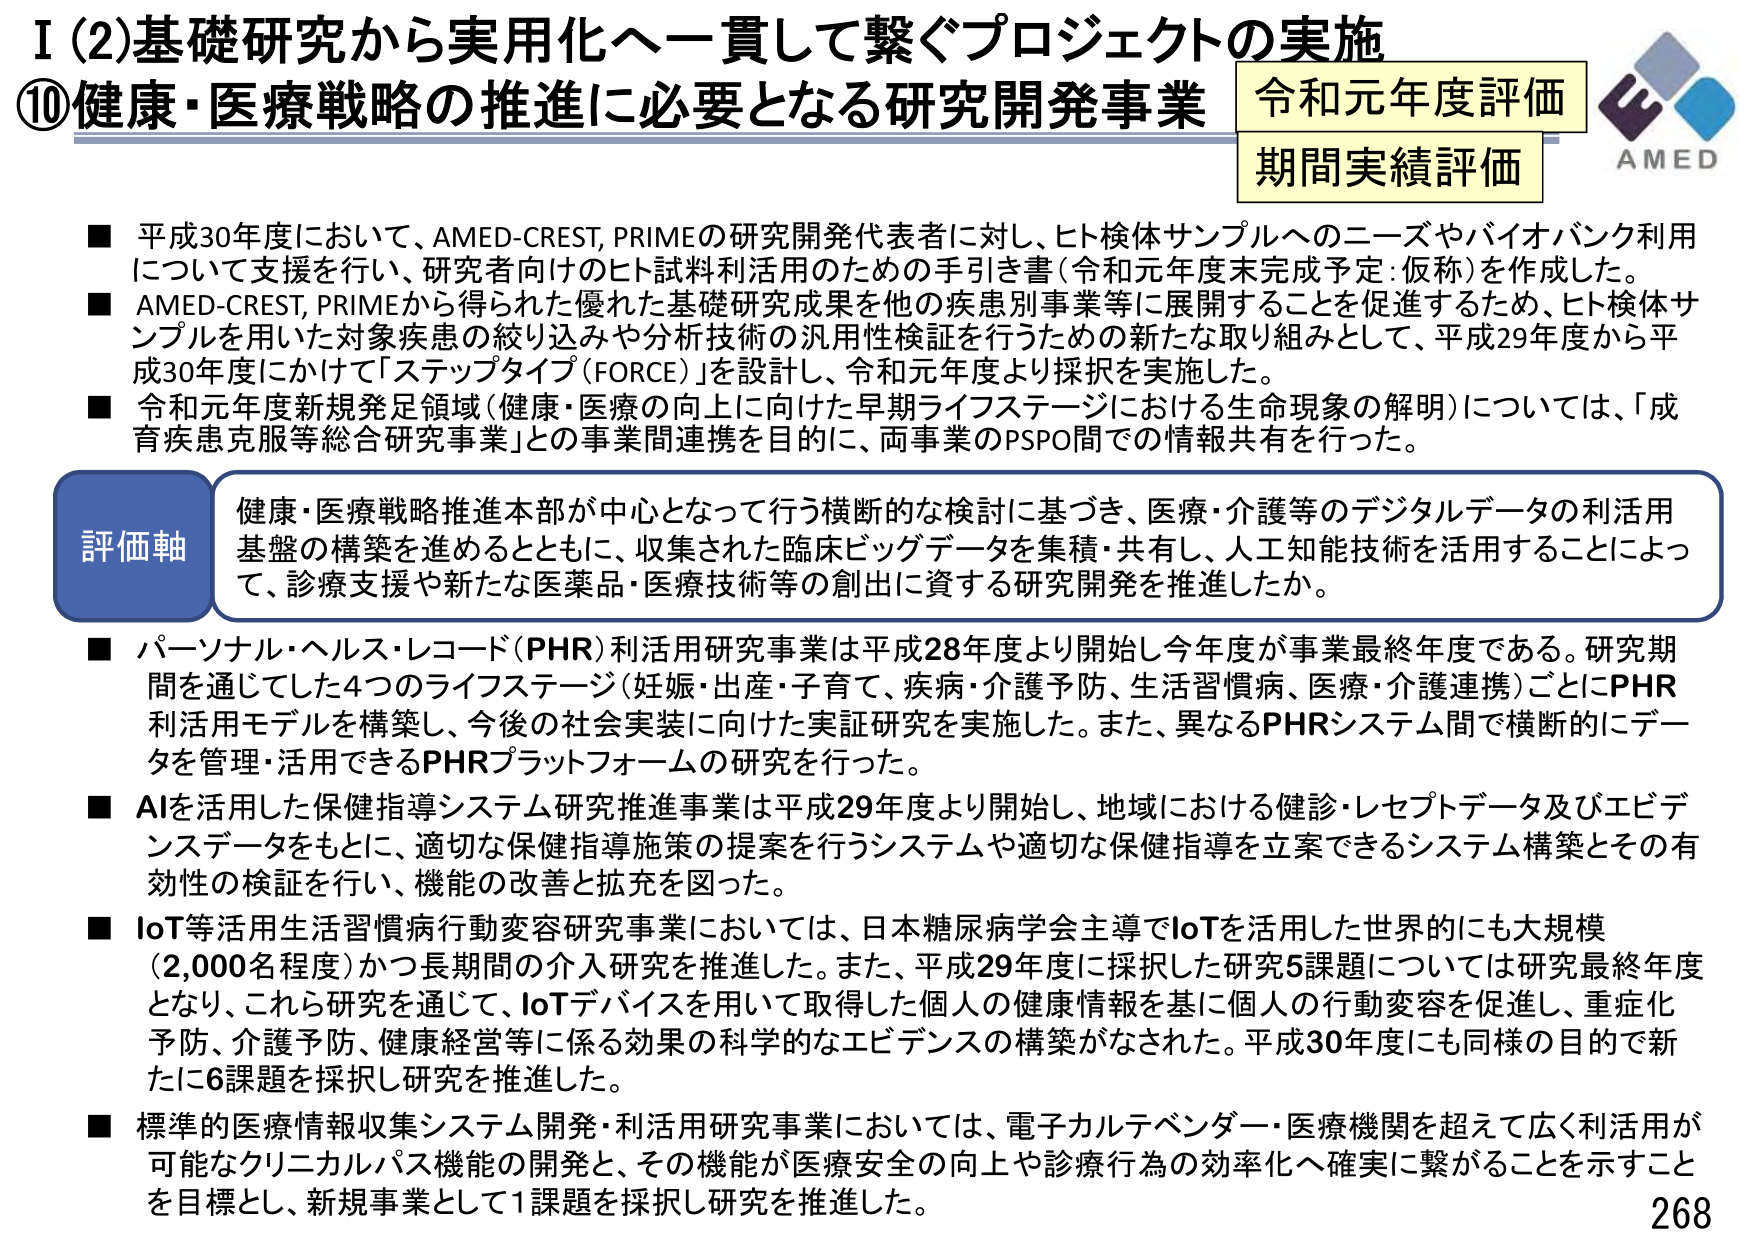
I (2) 基礎研究から実用化へ一貫して繋ぐプロジェクトの実施
⑩健康・医療戦略の推進に必要となる研究開発事業
令和元年度評価
期間実績評価
AMED

■ 平成30年度において、AMED-CREST, PRIMEの研究開発代表者に対し、ヒト検体サンプルへのニーズやバイオバンク利用について支援を行い、研究者向けのヒト試料利活用のための手引き書（令和元年度末完成予定：仮称）を作成した。
■ AMED-CREST, PRIMEから得られた優れた基礎研究成果を他の疾患別事業等に展開することを促進するため、ヒト検体サンプルを用いた対象疾患の絞り込みや分析技術の汎用性検証を行うための新たな取り組みとして、平成29年度から平成30年度にかけて「ステップタイプ（FORCE）」を設計し、令和元年度より採択を実施した。
■ 令和元年度新規発足領域（健康・医療の向上に向けた早期ライフステージにおける生命現象の解明）については、「成育疾患克服等総合研究事業」との事業間連携を目的に、両事業のPSPO間での情報共有を行った。

評価軸
健康・医療戦略推進本部が中心となって行う横断的な検討に基づき、医療・介護等のデジタルデータの利活用基盤の構築を進めるとともに、収集された臨床ビッグデータを集積・共有し、人工知能技術を活用することによって、診療支援や新たな医薬品・医療技術等の創出に資する研究開発を推進したか。

■ パーソナル・ヘルス・レコード（PHR）利活用研究事業は平成28年度より開始し今年度が事業最終年度である。研究期間を通じてした4つのライフステージ（妊娠・出産・子育て、疾病・介護予防、生活習慣病、医療・介護連携）ごとにPHR利活用モデルを構築し、今後の社会実装に向けた実証研究を実施した。また、異なるPHRシステム間で横断的にデータを管理・活用できるPHRプラットフォームの研究を行った。
■ AIを活用した保健指導システム研究推進事業は平成29年度より開始し、地域における健診・レセプトデータ及びエビデンスデータをもとに、適切な保健指導施策の提案を行うシステムや適切な保健指導を立案できるシステム構築とその有効性の検証を行い、機能の改善と拡充を図った。
■ IoT等活用生活習慣病行動変容研究事業においては、日本糖尿病学会主導でIoTを活用した世界的にも大規模（2,000名程度）かつ長期間の介入研究を推進した。また、平成29年度に採択した研究5課題については研究最終年度となり、これら研究を通じて、IoTデバイスを用いて取得した個人の健康情報を基に個人の行動変容を促進し、重症化予防、介護予防、健康経営等に係る効果の科学的なエビデンスの構築がなされた。平成30年度にも同様の目的で新たに6課題を採択し研究を推進した。
■ 標準的医療情報収集システム開発・利活用研究事業においては、電子カルテベンダー・医療機関を超えて広く利活用が可能なクリニカルパス機能の開発と、その機能が医療安全の向上や診療行為の効率化へ確実に繋がることを示すことを目標とし、新規事業として1課題を採択し研究を推進した。

268